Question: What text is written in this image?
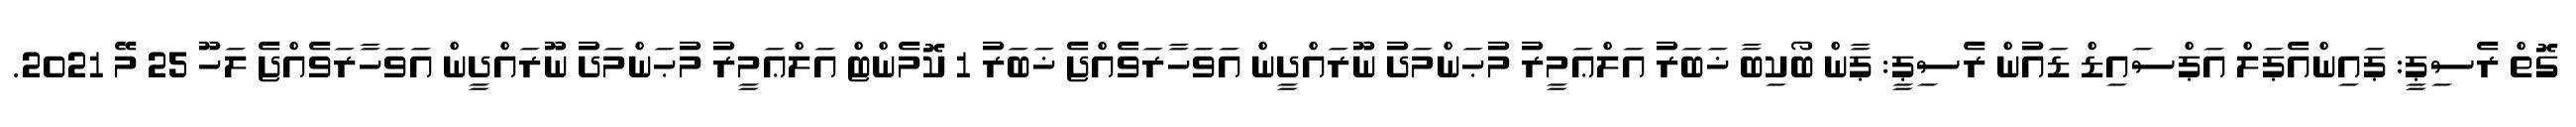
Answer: ގޮތް ރެސިޕީ: ޕައިންއެޕަލް އަޕްސައިޑް ޑައުން ރެސިޕީ: ޕާން ބޯކިބާ ޚަބަރު އަލްޢަމީރު މުޙަންމަދު ނޫރައްދީން އަވަހާރަވެއްޖެ ޚަބަރު 1 ކޮމެންޓް އަލްޢަމީރު މުޙަންމަދު ނޫރައްދީން އަވަހާރަވެއްޖެ ލަހޫ 25 މޭ 2021.